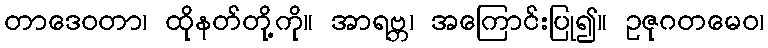
တာဒေဝတာ၊ ထိုနတ်တို့ကို။ အာရဗ္ဘ၊ အကြောင်းပြု၍။ ဥဇုဂတမေဝ၊